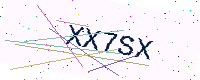
Text: XX7SX